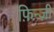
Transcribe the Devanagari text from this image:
फ़िन्ज़ी